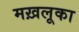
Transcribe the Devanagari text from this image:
मख़लूका